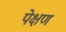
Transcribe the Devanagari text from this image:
पेक्षण